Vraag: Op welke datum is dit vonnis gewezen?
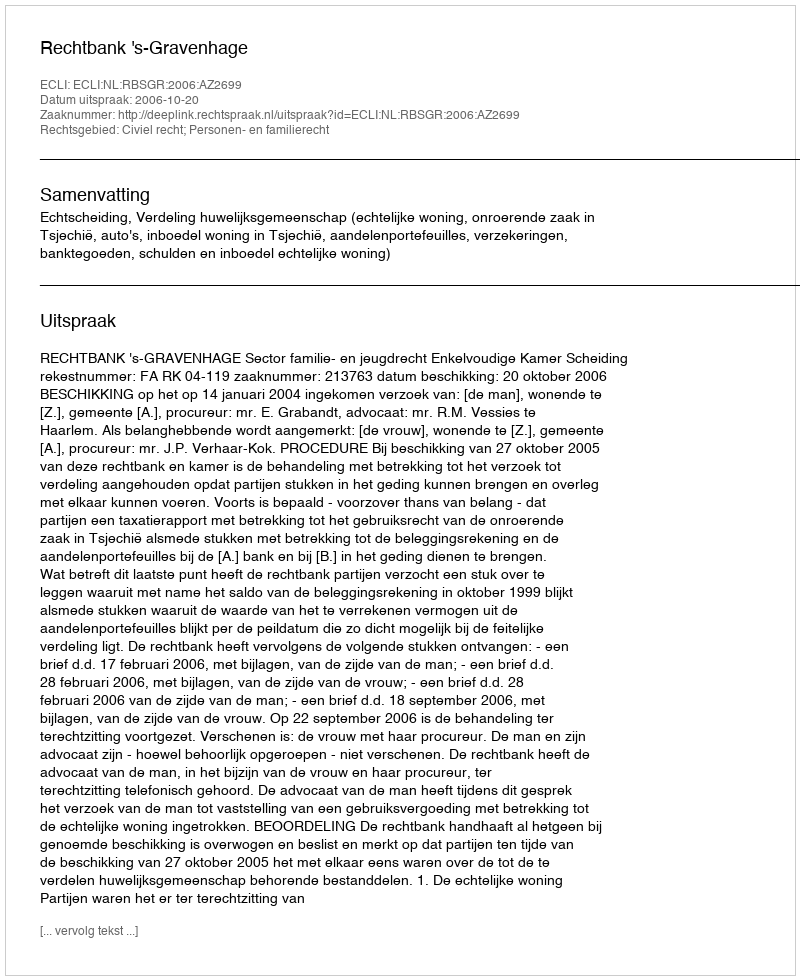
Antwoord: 2006-10-20